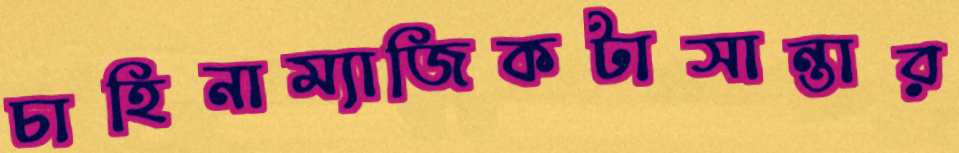
চাহিনাম্যাজিকটাসান্তার